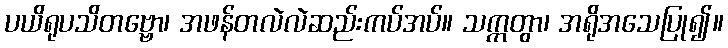
ပယိရုပသိတဗ္ဗော၊ အဖန်တလဲလဲဆည်းကပ်အပ်။ သက္ကတွာ၊ အရိုအသေပြု၍။